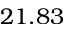
2 1 . 8 3